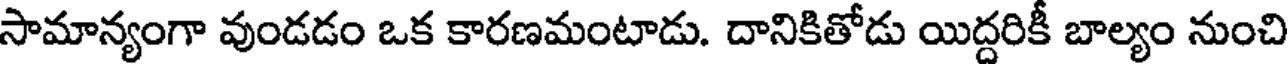
సామాన్యంగా వుండడం ఒక కారణమంటాడు. దానికితోడు యిద్దరికీ బాల్యం నుంచి